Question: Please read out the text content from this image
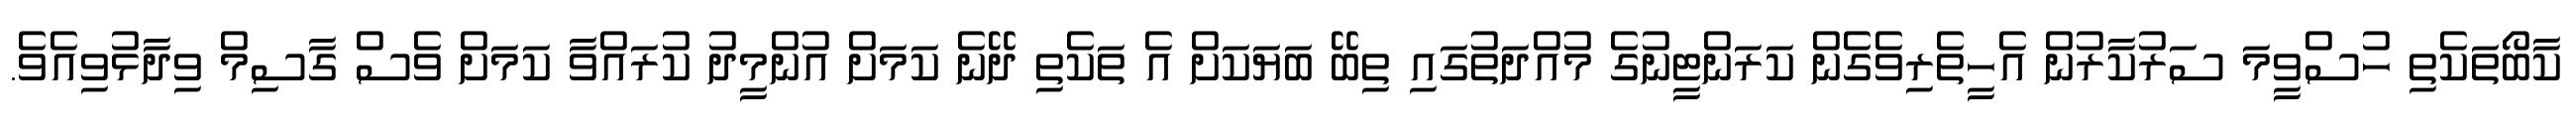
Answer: ކާބޯތަކެތި ހުސްވީމަ ސަރުކާރުން އެހީތެރިވެގެން ކަރަންޓީނުގެ މުއްދަތުގައި ތިބޭ ބަޔަކަށް އެ ތަކެތި ދޭނެ ކަމަށް އުންމީދު ކުރައްވާ ކަމަށް ވެސް ގާސިމް ވިދާޅުވިއެވެ.